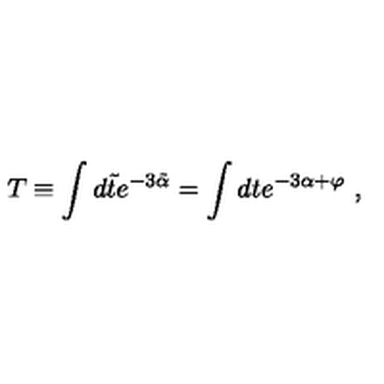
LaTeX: T \equiv \int d \tilde { t } e ^ { - 3 \tilde { \alpha } } = \int d t e ^ { - 3 \alpha + \varphi } \ ,